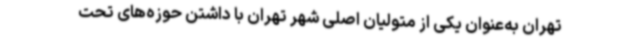
تهران به‌عنوان یکی از متولیان اصلی شهر تهران با داشتن حوزه‌های تحت